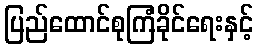
ပြည်ထောင်စုကြံခိုင်ရေးနှင့်